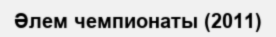
Әлем чемпионаты (2011)